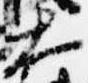
大